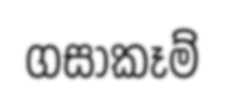
ගසාකෑම්